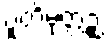
ပူတိမုတ္တဉ္စ